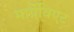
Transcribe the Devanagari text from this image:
मार्ग्रेविएट